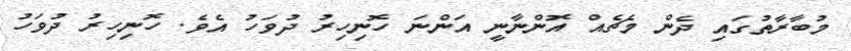
މުބާރާތުގައި ދެން މެޗެއް އޮންނާނީ އަންނަ ހޮނިހިރު ދުވަހު އެވެ. ހޮނިހިރު ދުވަހު